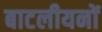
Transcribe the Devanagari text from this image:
बाटलीयनों